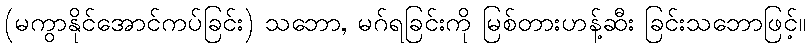
(မကွာနိုင်အောင်ကပ်ခြင်း) သဘော, မဂ်ရခြင်းကို မြစ်တားဟန့်ဆီး ခြင်းသဘောဖြင့်။